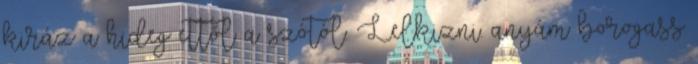
kiráz a hideg ettől a szótól. Lelkizni. anyám borogass